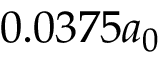
0 . 0 3 7 5 a _ { 0 }